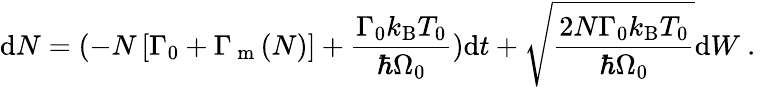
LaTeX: \mathrm{d}N=(-N\left[{\Gamma_{0}+\Gamma_{\mathrm{~m~}}(N)}\right]+\frac{\Gamma_{0}k_{\mathrm{B}}T_{0}}{\hbar\Omega_{0}})\mathrm{d}t+\sqrt{\frac{2N\Gamma_{0}k_{\mathrm{B}}T_{0}}{\hbar\Omega_{0}}}\mathrm{d}{W}\mathrm{~.~}